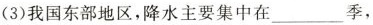
(3)我国东部地区，降水主要集中在___季，